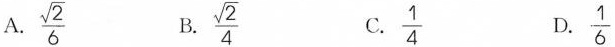
A.\frac{\sqrt{2}}{6}B.\frac{\sqrt{2}}{4}C.\frac{1}{4}D.\frac{1}{6}